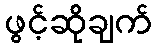
ဖွင့်ဆိုချက်